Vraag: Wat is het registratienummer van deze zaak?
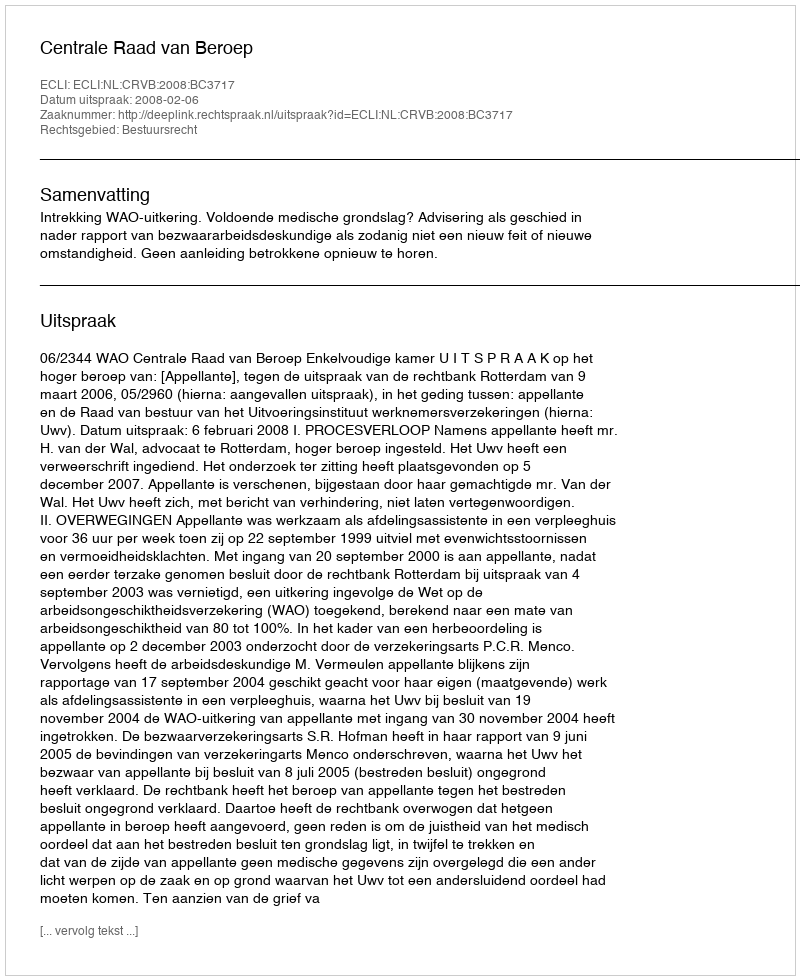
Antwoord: http://deeplink.rechtspraak.nl/uitspraak?id=ECLI:NL:CRVB:2008:BC3717